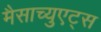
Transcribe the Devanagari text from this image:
मैसाच्युएट्स